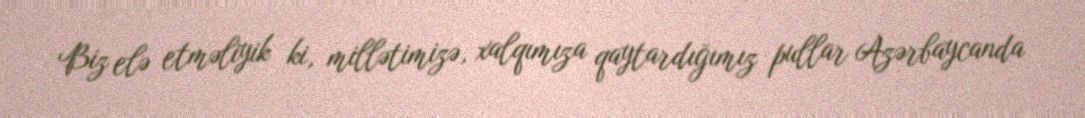
Biz elə etməliyik ki, millətimizə, xalqımıza qaytardığımız pullar Azərbaycanda